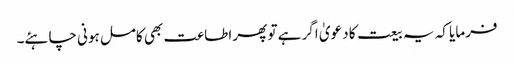
فرمایا کہ یہ بیعت کا دعویٰ اگر ہے تو پھر اطاعت بھی کامل ہونی چاہئے۔